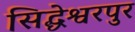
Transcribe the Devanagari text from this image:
सिद्धेश्वरपुर